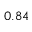
0 . 8 4